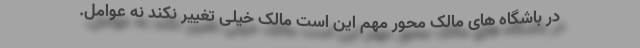
در باشگاه های مالک محور مهم این است مالک خیلی تغییر نکند نه عوامل.